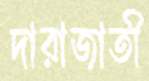
দারাজাতী